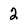
Character: 2